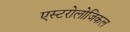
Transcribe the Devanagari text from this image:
एस्टरोलोजिकल